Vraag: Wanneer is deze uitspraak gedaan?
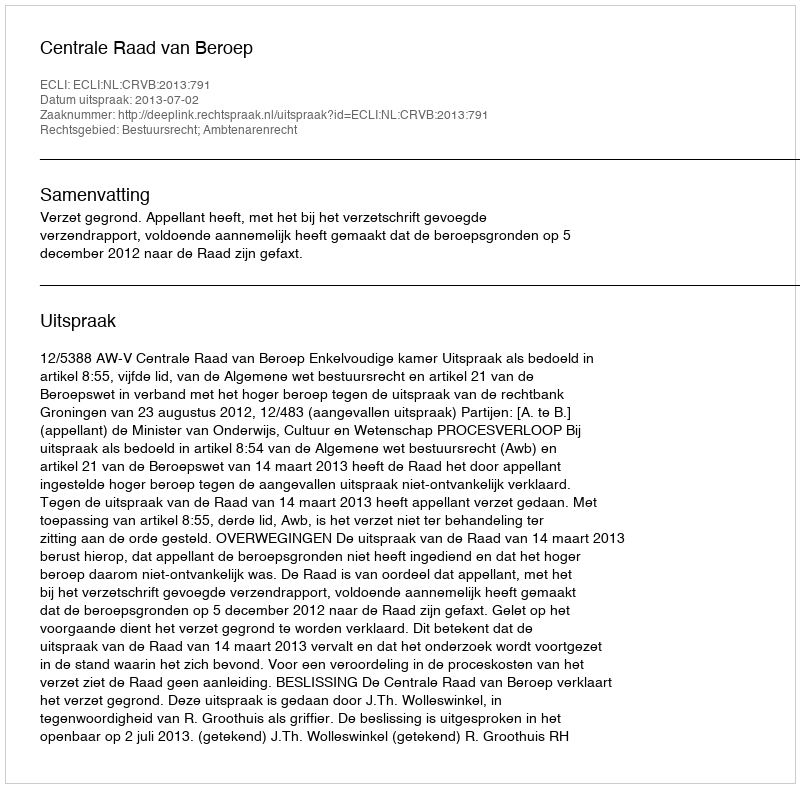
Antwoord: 2013-07-02